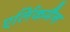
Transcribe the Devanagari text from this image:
एर्लिकमैन